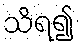
သိရ၍